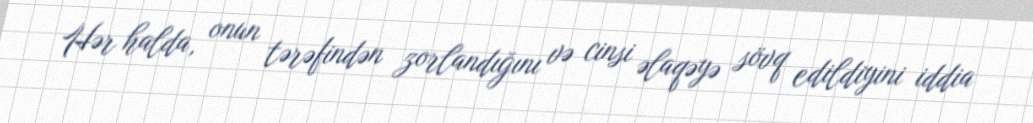
Hər halda, onun tərəfindən zorlandığını və cinsi əlaqəyə sövq edildiyini iddia